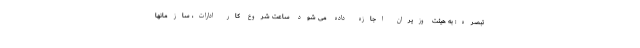
تبصره: به هیئت وزیران اجازه داده می شود ساعت شروع کار ادارات، سازمانها